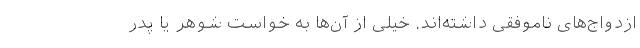
ازدواج‌های ناموفقی داشته‌اند. خیلی از آن‌ها به خواست شوهر یا پدر